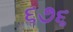
૬૭૬